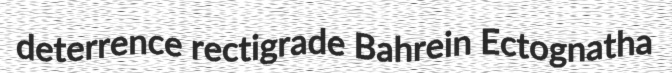
deterrence rectigrade Bahrein Ectognatha